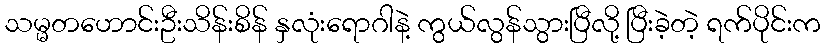
သမ္မတဟောင်းဦးသိန်းစိန် နှလုံးရောဂါနဲ့ ကွယ်လွန်သွားပြီလို့ ပြီးခဲ့တဲ့ ရက်ပိုင်းက